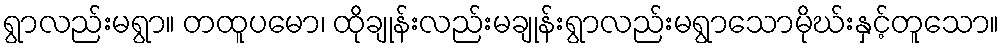
ရွာလည်းမရွာ။ တထူပမော၊ ထိုချုန်းလည်းမချုန်းရွာလည်းမရွာသောမိုဃ်းနှင့်တူသော။